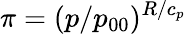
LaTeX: \pi=(p/p_{00})^{R/c_{p}}